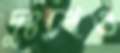
দুঃখেও